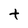
Character: t